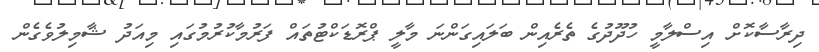
ދިރާސާކޮށް އިސްލާމީ ހުދޫދުގެ ތެރެއިން ބަލައިގަންނަ މާލީ ޕްރޮޑަކްޓުތައް ފަރުމާކުރުމުގައި މިއަދު ޝާމިލުވެގެން